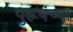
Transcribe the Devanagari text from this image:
पुरूषंच्या